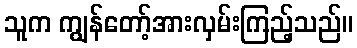
သူက ကျွန်တော့်အားလှမ်းကြည့်သည်။